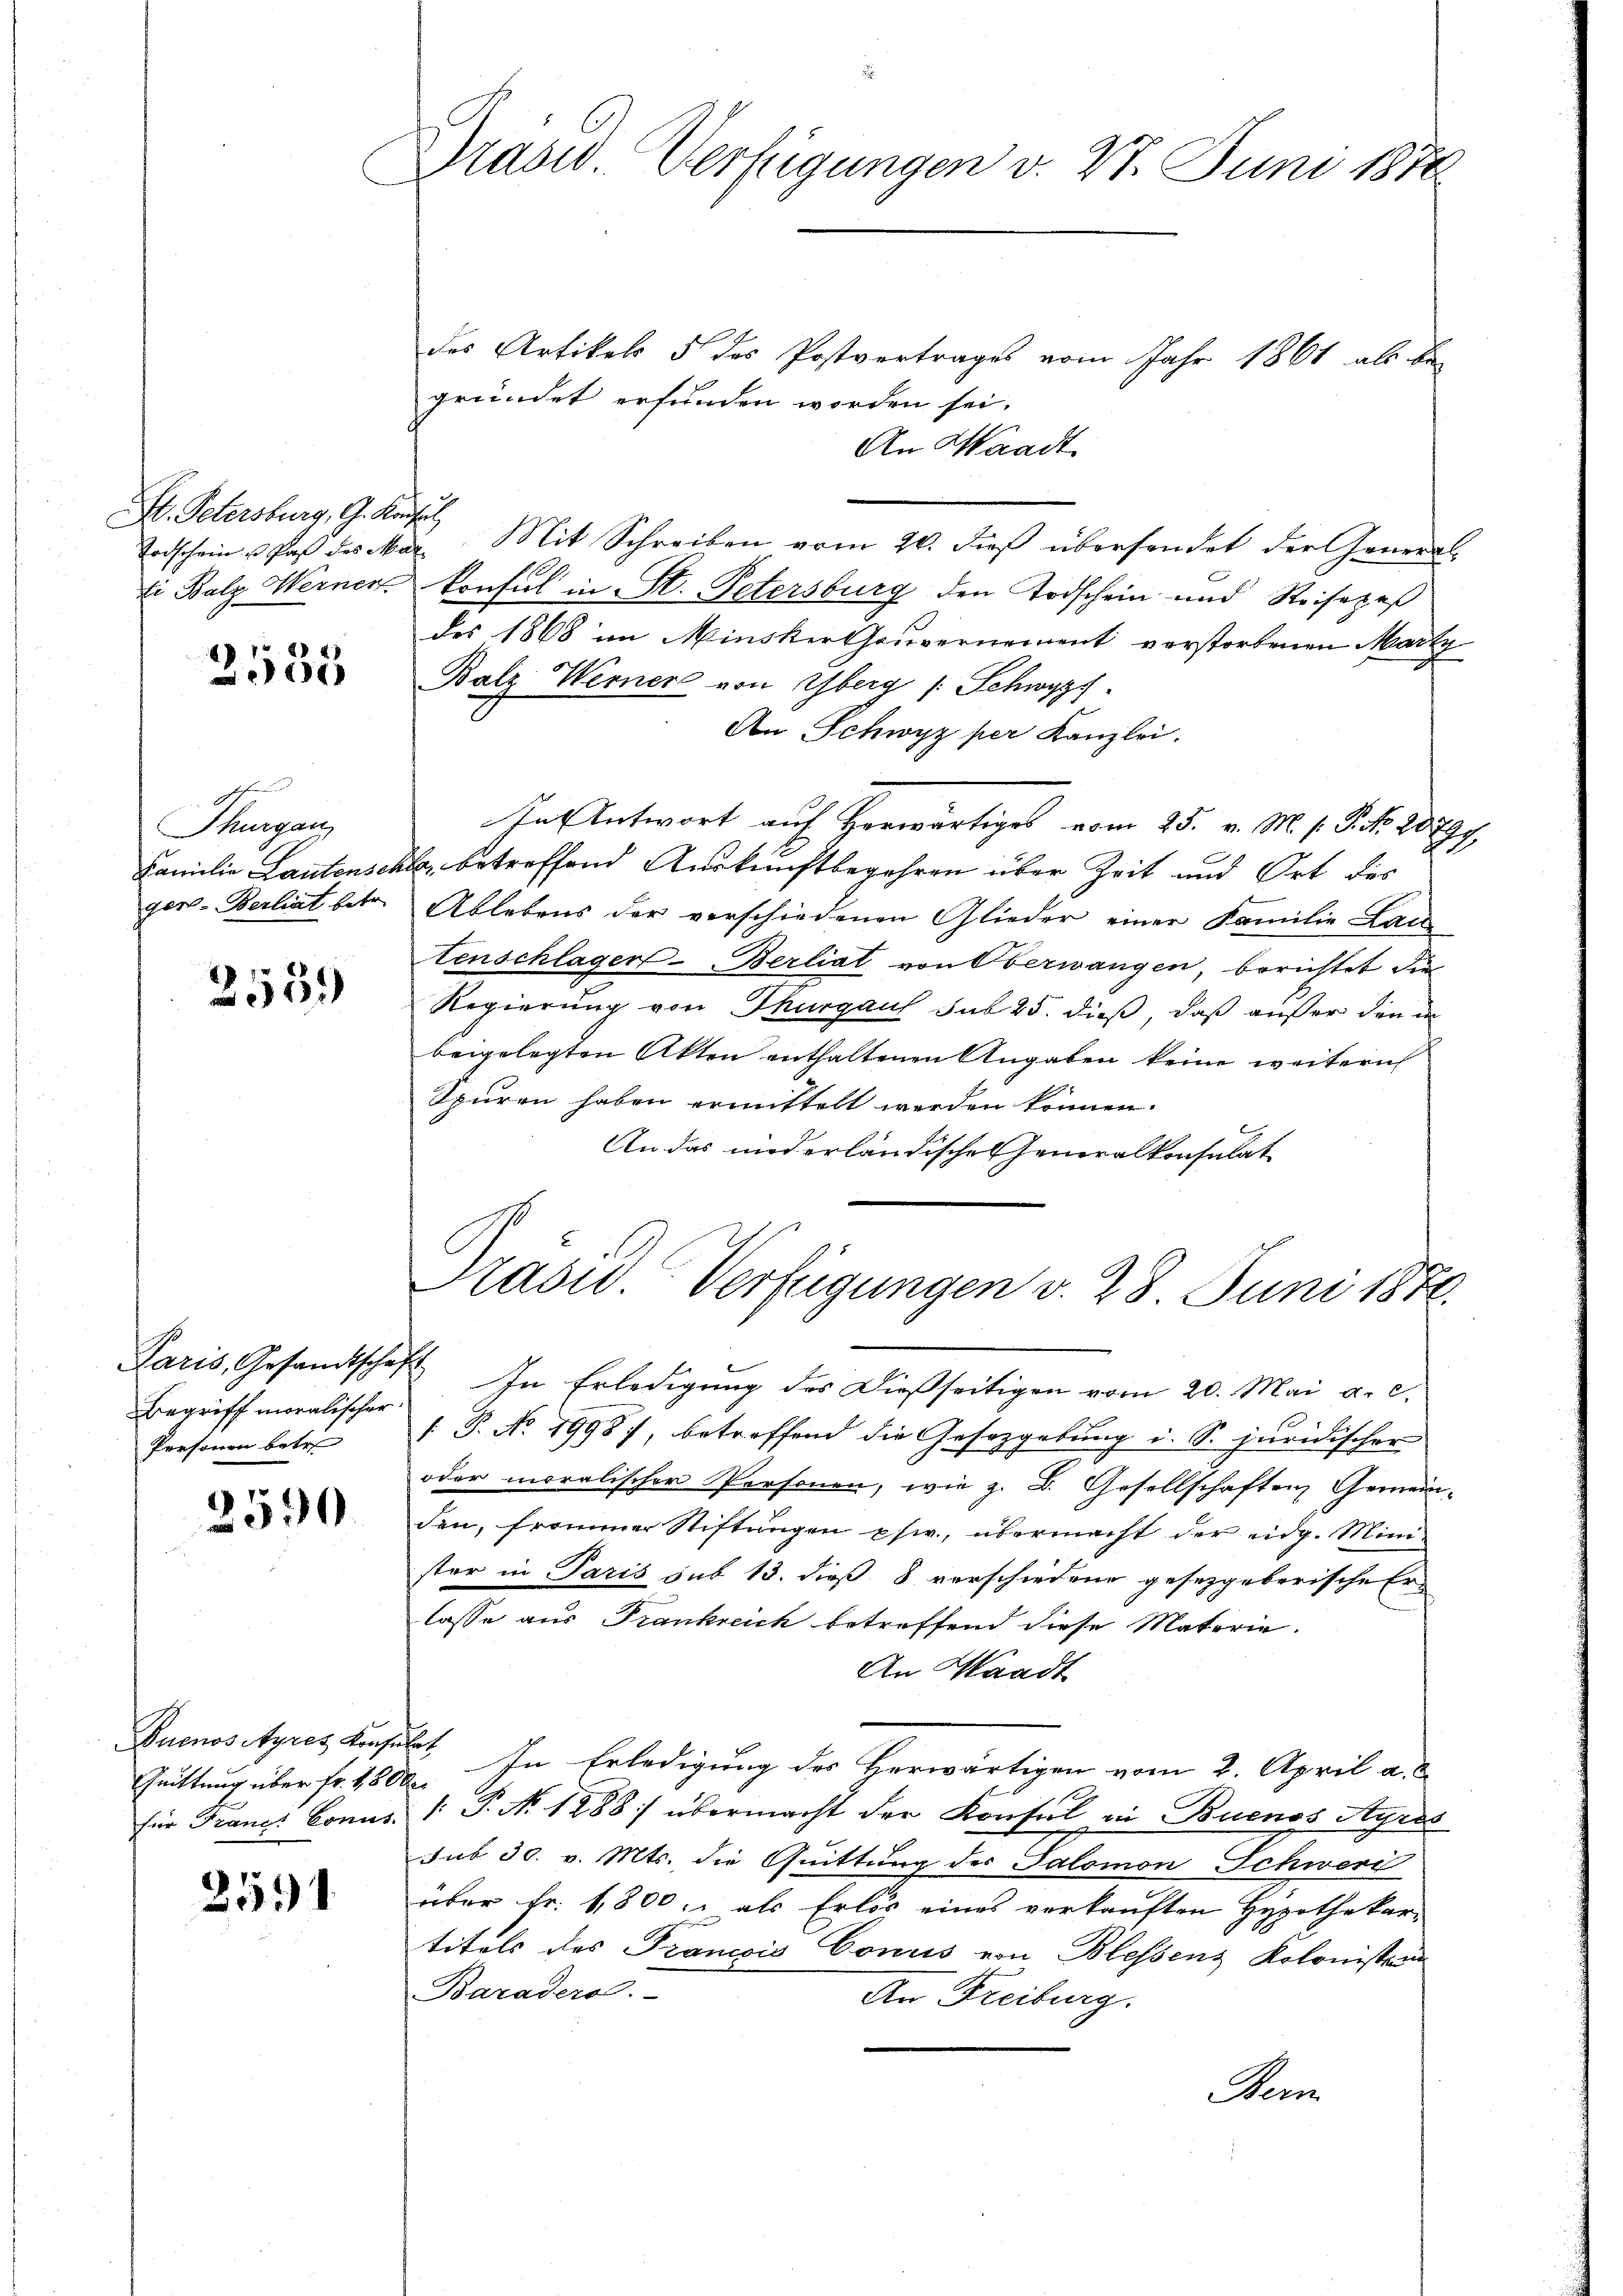
Hr. Petersburg, G. Konsul
ti Balz Werner

88

Thurgan
Familie Lautensch
ger-Berliat betr.

2559

Paris, Gesandtschaft
Begriff moralischer
Personen betre

2590

Buenos Ayres Konsul
Quittung über fr. 1800
für Francs Connt.

2531.

Präsid. Verfügungen v. 27. Juni 1870

des Artikel 5 des Postvertrages vom Jahr 1861 als Be-
gründet erfunden worden sei.
An Waadt
Todschein u daß des Mar. Mit Schreiben vom 20. dieß übersendet der General-
konsul in St. Petersburg den Todschein und Reisepaß
des 1868 im Minsker Gouvernement verstorbenen Martz
Balz Werner von Yberg /: Schwyz
An Schwyz per Kanzlei.
In Antwort auf Horwärtiges vom 25. v. M. 1. P. Nr. 20797
b, betreffend Auskunftbegehren über Zeit und Ort des
Ablebens der verschiedenen Glieder einer Familie Lai
tenschlager Berliat von Oberwangen, berichtet die
Regierung von Thurgaus sub 25. dieß, daß außer den in
beigelegten Akten enthaltenen Angaben keine weitern
Spuren haben ermittelt werden können.
An das niederländischen Generalkonsulat

2. In Erledigung des Dießseitigen vom 20. Mai a. c.
/: P. No. 1998), betreffend die Gesetzgebung i. S. juridischer
oder moralischer Personen, wie z. B. Gesellschaften Gemein-
den, frommer Stiftungen phw., übermacht der eidg. Minister in Paris sub 13. dieß 8 verschiedene gesetzgeberische Er
lasse aus Frankreich betreffend diese Materie.
An Waadt
t. In Erledigung des Herwärtigen vom 2. April a. d
 P. No. 1888 übermacht der Konsul in Buenos Ayres
sub 30. v. Mts. die Quittung des Salomon Schwerd
über Fr. 1,800, als Erlös eines verkauften Hypothekar-
titels des Francois Conus von Blessens Kolonistrun
Baraders.
An Freiburg.
Bern

Präsid. Verfügungen v. 28. Juni 1841.